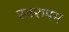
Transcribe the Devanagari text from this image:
स्वरुपम